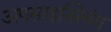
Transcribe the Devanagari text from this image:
अपसाइक्लिंग